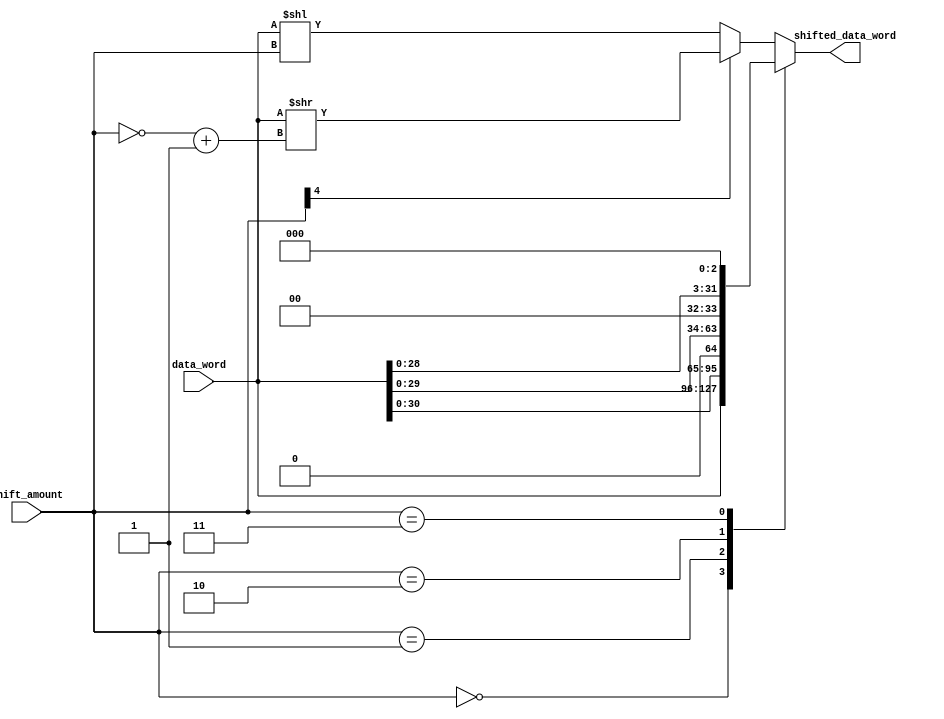
module BarrelShifter(
    input [31:0] data_word,
    input [4:0] shift_amount,
    output [31:0] shifted_data_word
);

reg [31:0] shifted_data_word_temp;

always @(*) begin
    case(shift_amount)
        5'b00000: shifted_data_word_temp = data_word; // No shift
        5'b00001: shifted_data_word_temp = data_word << 1; // Left shift by 1
        5'b00010: shifted_data_word_temp = data_word << 2; // Left shift by 2
        5'b00011: shifted_data_word_temp = data_word << 3; // Left shift by 3
        // Add more cases for other shift operations
        
        default: begin
            if(shift_amount[4] == 1) begin // Negative shift
                shifted_data_word_temp = data_word >> (~shift_amount + 1);
            end else begin // Positive shift
                shifted_data_word_temp = data_word << shift_amount;
            end
        end
    endcase
end

assign shifted_data_word = shifted_data_word_temp;

endmodule